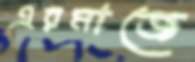
এরমাজে